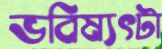
ভবিষ্যৎটা